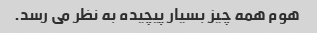
هوم همه چیز بسیار پیچیده به نظر می رسد.